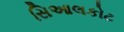
સિઆલકોટ